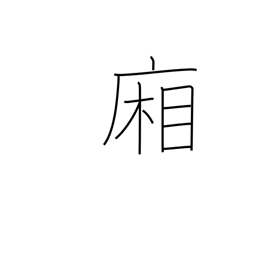
Meaning: hallways